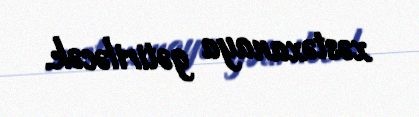
xəstəxanaya gətiriləcək.